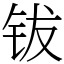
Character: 钹